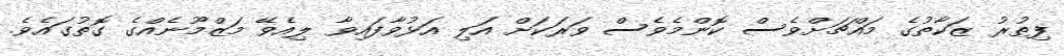
ފިޠުރު ޒަކާތުގެ މައްޗަށްވެސް ކޮންމެވެސް ވަރަކަށް އަލި އަޅުވާފައިވާ ލިއެވޭ މަޒްމޫނެއްގެ ގޮތުގައެވެ.